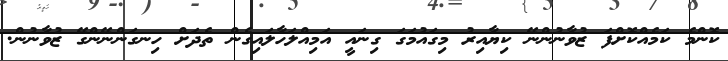
ކޮންމެ ކަމެއްކޮށްފަ ޒުވާނުންނޭ ކިޔާއިރު މިގައުމަގަ ގިނައީ އަމިއްލަހާލައިގެން ތެދަށް ހިނގަންނޭންގޭ ޒުވާނުން.